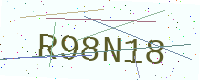
Text: R98N18